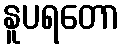
နူပရတော